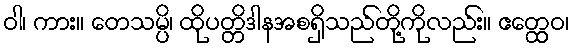
ဝါ၊ ကား။ တေသမ္ပိ၊ ထိုပတ္တိဒါနအစရှိသည်တို့ကိုလည်း။ ဧတ္ထေဝ၊